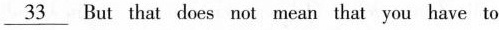
\underline{33} But that does not mean that you have to